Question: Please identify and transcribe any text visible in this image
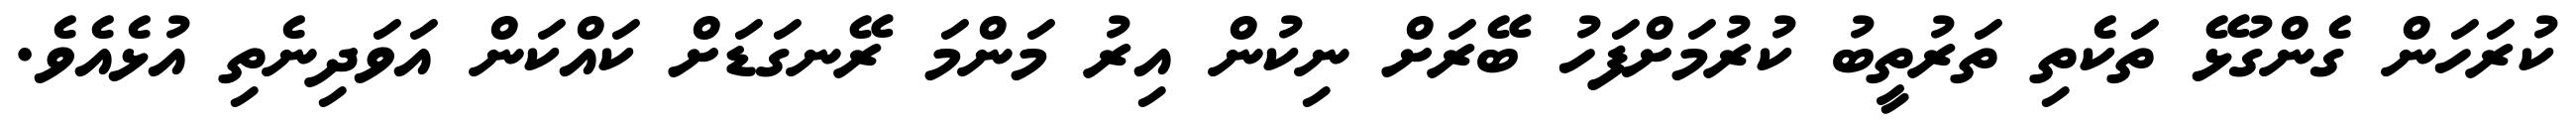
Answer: ކުރަހަން ގެންގުޅޭ ތަކެތި ތަރުތީބު ކުރުމަށްފަހު ބޭރަށް ނިކުން އިރު މަންމަ ރޭނގަޑަށް ކައްކަން އަވަދިނެތި އުޅެއެވެ.